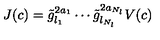
J ( c ) = \tilde { g } _ { l _ { 1 } } ^ { 2 a _ { 1 } } \cdots \tilde { g } _ { l _ { N _ { l } } } ^ { 2 a _ { N _ { l } } } V ( c )